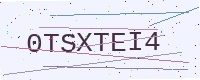
Text: 0TSXTEI4